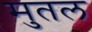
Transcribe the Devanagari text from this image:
मुतल